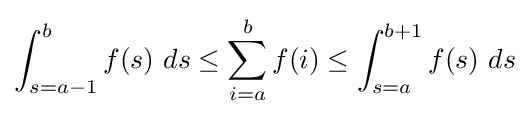
\int _{s=a-1}^{b}f(s)\ ds\leq \sum _{i=a}^{b}f(i)\leq \int _{s=a}^{b+1}f(s)\ ds